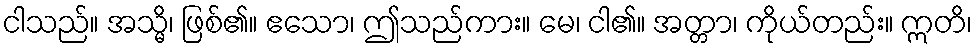
ငါသည်။ အသ္မိ၊ ဖြစ်၏။ ဧသော၊ ဤသည်ကား။ မေ၊ ငါ၏။ အတ္တာ၊ ကိုယ်တည်း။ ဣတိ၊